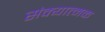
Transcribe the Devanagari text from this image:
संक्यात्मक